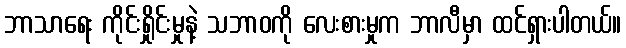
ဘာသာရေး ကိုင်းရှိုင်းမှုနဲ့ သဘာဝကို လေးစားမှုက ဘာလီမှာ ထင်ရှားပါတယ်။